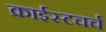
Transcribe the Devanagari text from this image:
क्राईस्टचर्च